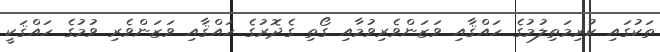
ތަކުގައި ކުރިމަތިލުމުގެ ހައްޤާއި ވަޒަންވެރިވުމާއި ގޯތި ގެދޮރުގެ ހައްޤާއި ވަޒަންވެރި ވުމުގެ ހައްޤަކީ